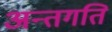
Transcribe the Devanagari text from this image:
अन्तगति